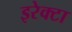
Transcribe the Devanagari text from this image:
इरेक्टा